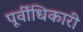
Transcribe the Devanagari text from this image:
पूर्वीधिकारी